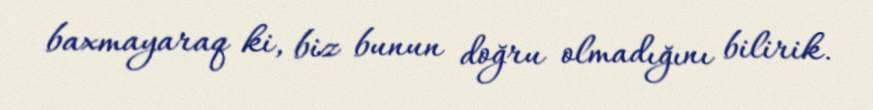
baxmayaraq ki, biz bunun doğru olmadığını bilirik.